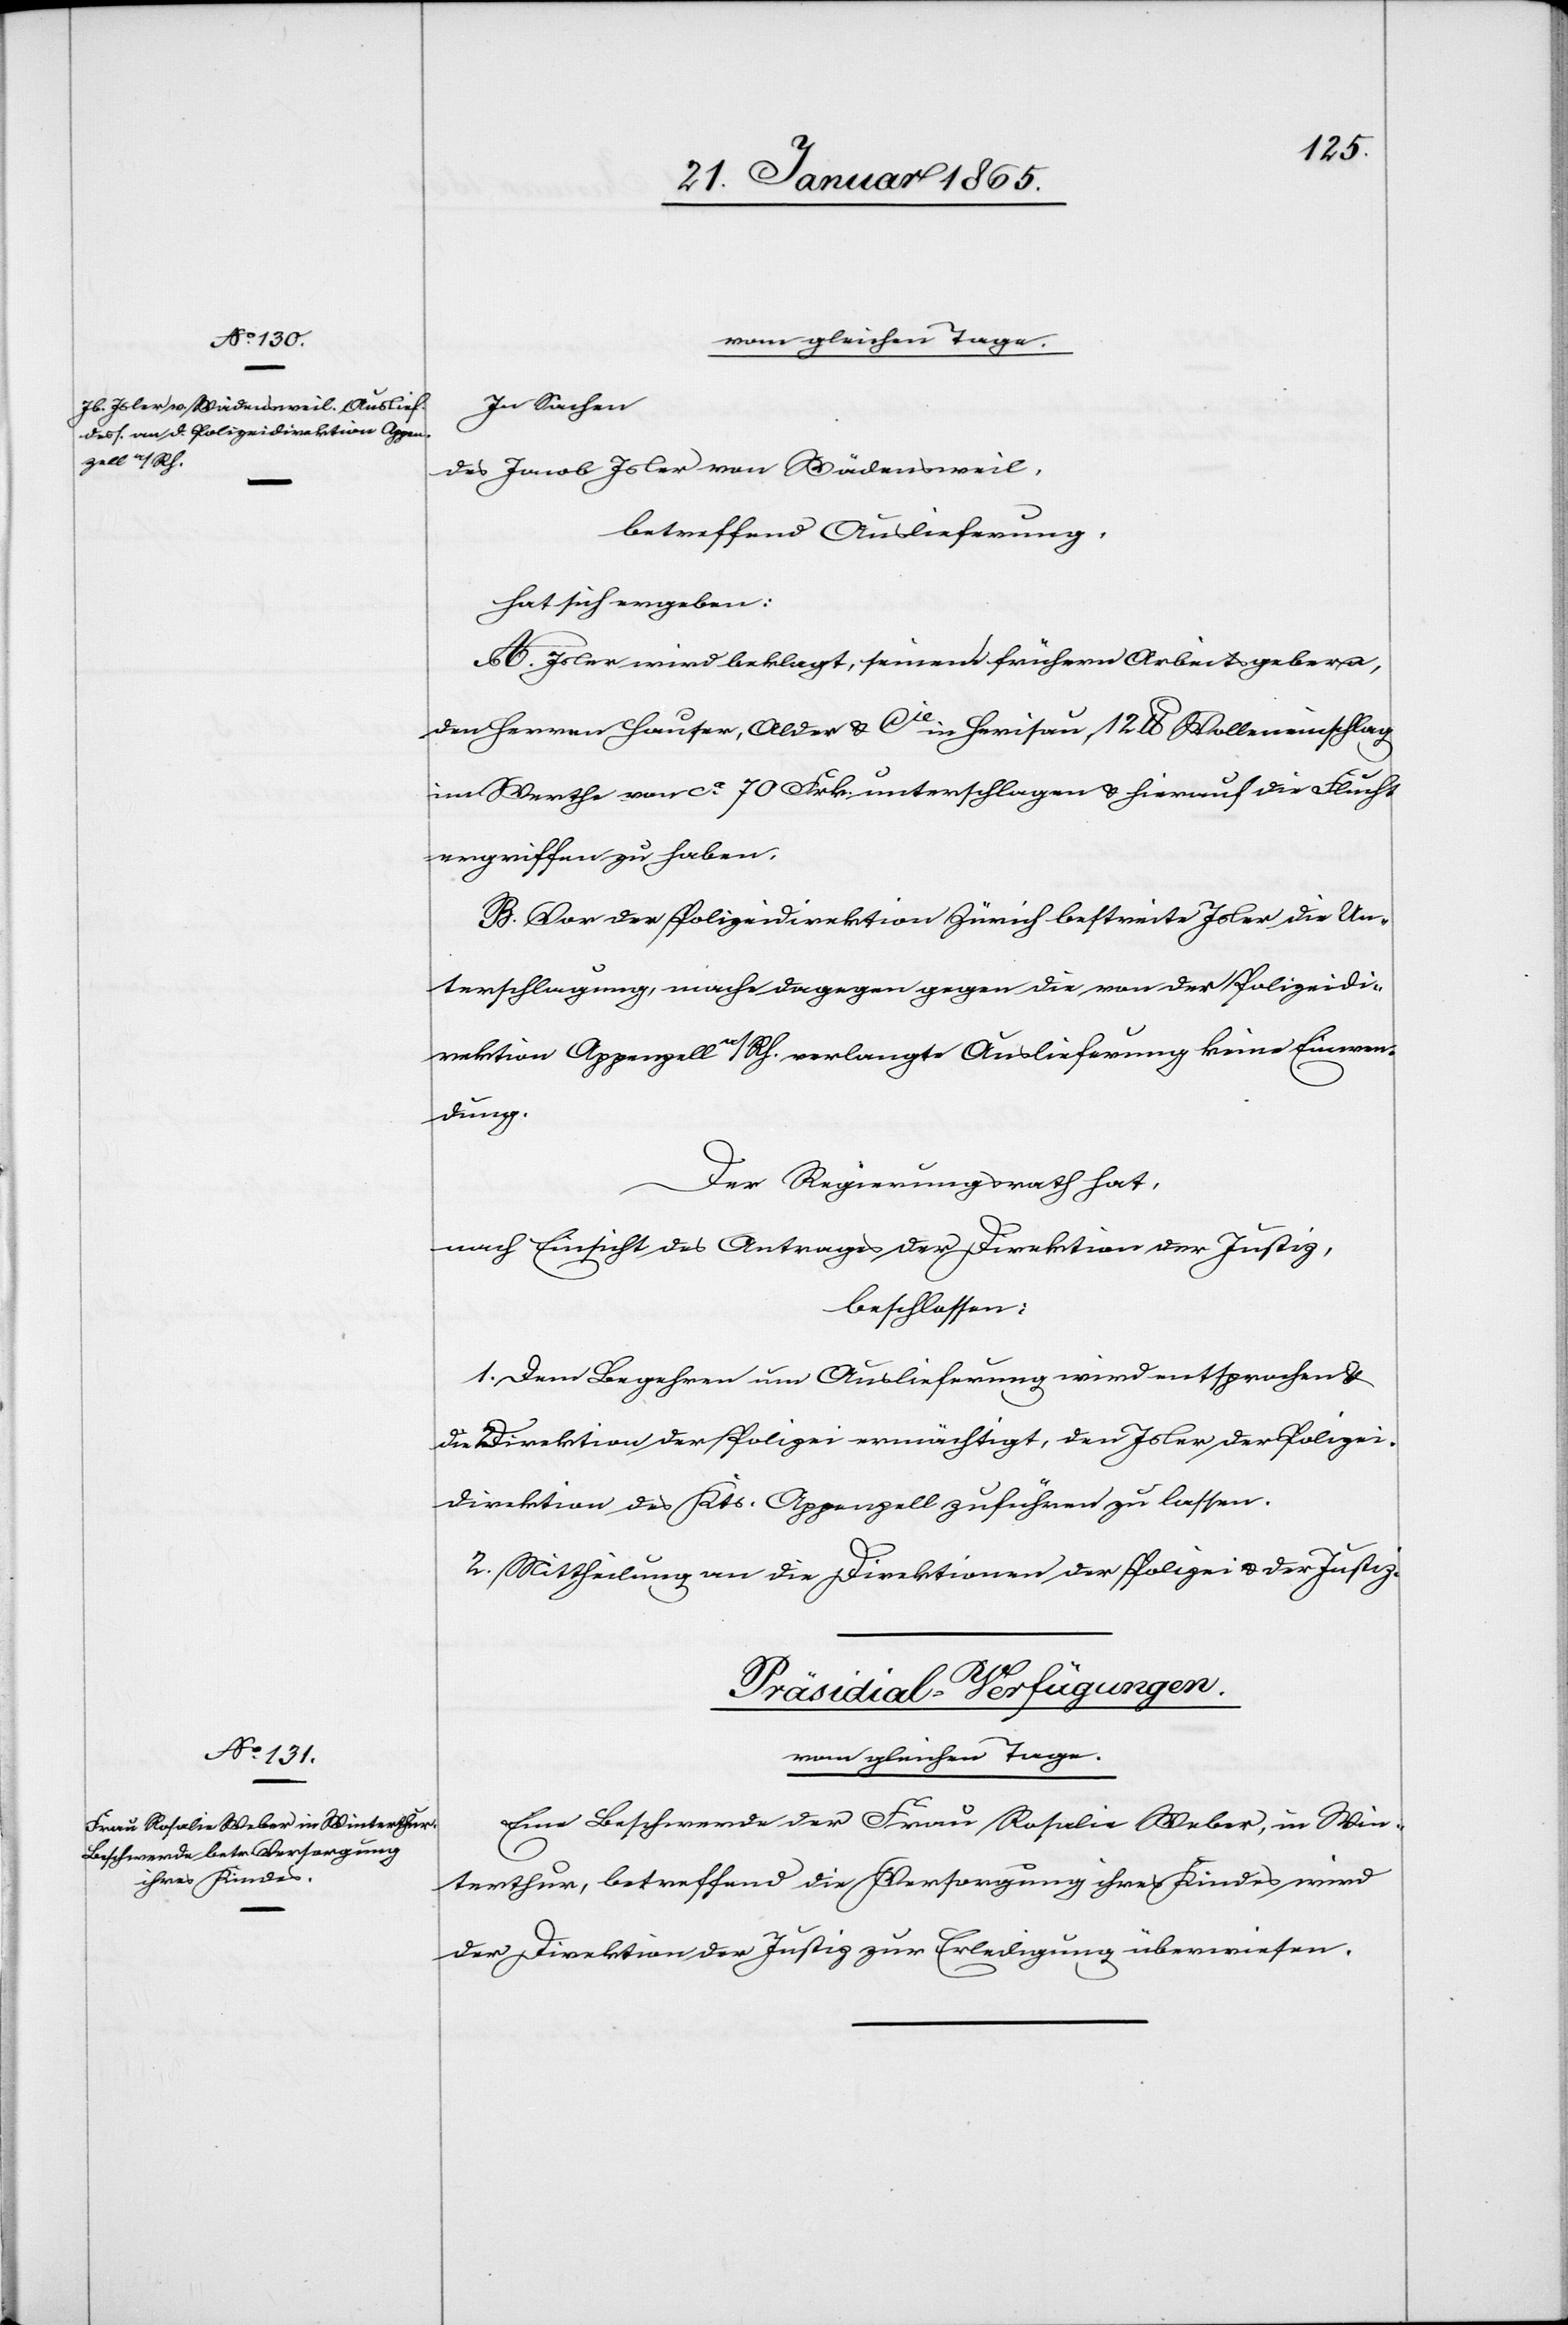
vom gleichen Tage.
In Sachen
des Jacob Isler von Wädensweil,
betreffend Auslieferung,
hat sich ergeben:
A. Isler wird beklagt, seinen frühern Arbeitsgebern,
den Herren Hauser, Alder u. Cie in Herisau, 12 lb Wolleneinschlag
im Werthe von ca 70 Frk. unterschlagen u. hierauf die Flucht
ergriffen zu haben.
B. Vor der Polizeidirektion Zürich bestreite Isler die Un¬
terschlagung, mache dagegen gegen die von der Polizeidi¬
rektion Appenzell a/Rh. verlangte Auslieferung keine Einwen¬
dung.
Der Regierungsrath hat,
nach Einsicht eines Antrages der Direktion der Justiz,
beschlossen:
1. Dem Begehren um Auslieferung wird entsprochen u.
die Direktion der Polizei ermächtigt, den Isler der Polizei¬
direktion des Kts. Appenzell zuführen zu lassen.
2. Mittheilung an die Direktion der Polizei u. der Justiz.
[Präsidial-Verfügungen.]
vom gleichen Tage.
Eine Beschwerde der Frau Rosalia Weber, in Win¬
terthur, betreffend die Versorgung ihres Kindes wird
der Direktion der Justiz zur Erledigung überwiesen.